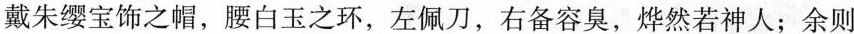
戴朱缨宝饰之帽，腰白玉之环，左佩刀，右备容臭，烨然若神人；余则